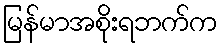
မြန်မာအစိုးရဘက်က